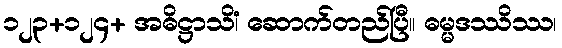
၁၂၃+၁၂၄+ အဓိဋ္ဌာသိံ၊ ဆောက်တည်ပြီ။ ဓမ္မဒဿိဿ၊